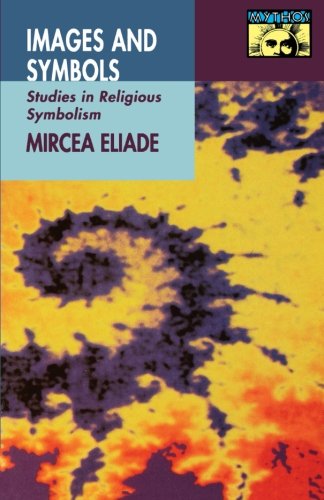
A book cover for Images and Symbols; Mircea Eliade; Literature & Fiction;